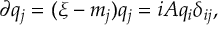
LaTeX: \partial q _ { j } = ( \xi - m _ { j } ) q _ { j } = i A q _ { i } \delta _ { i j } ,